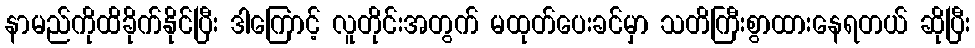
နာမည်ကိုထိခိုက်နိုင်ပြီး ဒါကြောင့် လူတိုင်းအတွက် မထုတ်ပေးခင်မှာ သတိကြီးစွာထားနေရတယ် ဆိုပြီး